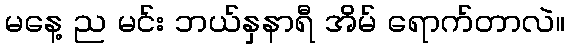
မနေ့ ည မင်း ဘယ်နှနာရီ အိမ် ရောက်တာလဲ။